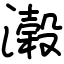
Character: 濲